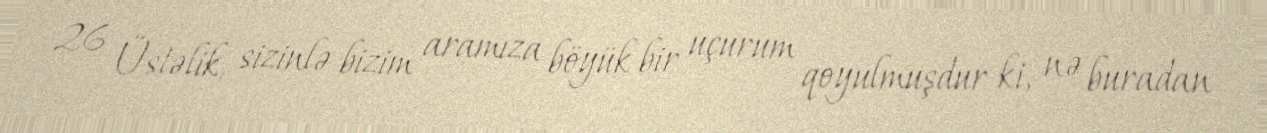
26 Üstəlik, sizinlə bizim aramıza böyük bir uçurum qoyulmuşdur ki, nə buradan